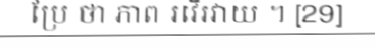
ប្រែ ថា ភាព រវើរវាយ ។ [29]